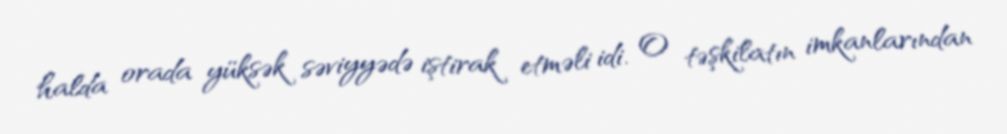
halda orada yüksək səviyyədə iştirak etməli idi. O təşkilatın imkanlarından